Sketch of the medical history of the native army of Bombay, for the year
Year: 1870
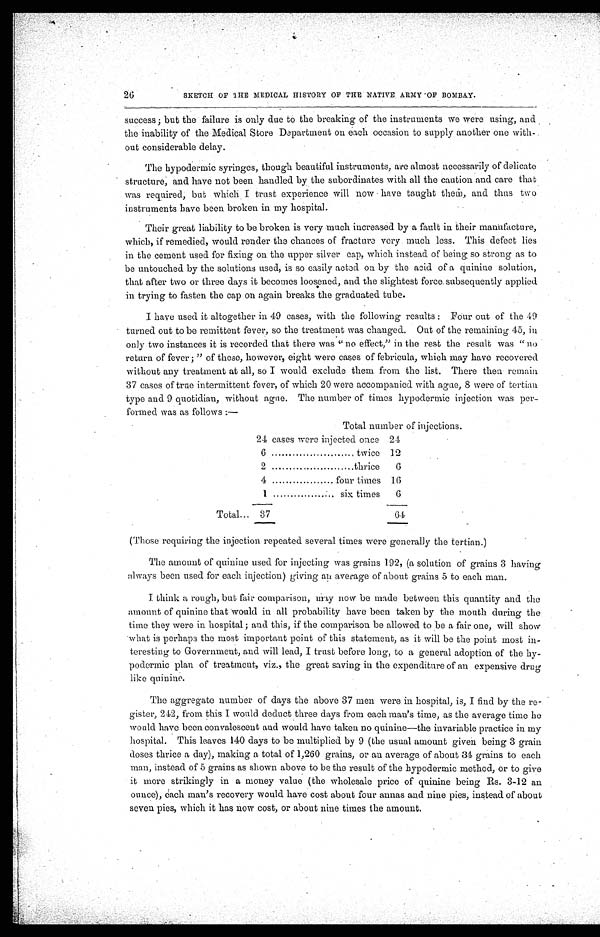
26
SKETCH OF THE MEDICAL HISTORY OF THE NATIVE ARMY OF BOMBAY.
success ; but the failure is only due to the breaking of the instruments we were using, and
the inability of the Medical Store Department on each occasion to supply another one with-
out considerable delay.
The hypodermic syringes, though beautiful instruments, are almost necessarily of delicate
structure, and have not been handled by the subordinates with all the caution and care tha
t was required, but which I trust experience will now have taught them, and thus two
instruments have been broken in my hospital.
Their great liability to be broken is very much increased by a fault in their manufacture,
which, if remedied, would render the chances of fracture very much less. This defect lies
in the cement used for fixing on the upper silver cap, which instead of being so strong as to
be untouched by the solutions used, is so easily acted on by the acid of a quinine solution,
that after two or three days it becomes loosened, and the slightest force subsequently applied
in trying to fasten the cap on again breaks the graduated tube.
I have used it altogether in 49 cases, with the following results : Four out of the 49
turned out to be remittent fever, so the treatment was changed. Out of the remaining 45, in
only two instances it is recorded that there was " no effect," in the rest the result was "no
return of fever ; " of these, however, eight were cases of febricula, which may have recovered
without any treatment at all, so I would exclude them from the list. There then remain
37 cases of true intermittent fever, of which 20 were accompanied with ague, 8 were of tertian
type and 9 quotidian, without ague. The number of times hypodermic injection was per
-formed was as follows :—
•
Total number of injections.
24 cases were injected once 24
6 ............................twice 12
2 ............................thrice 6
4 ............................four times 16
1 ............................six times
6
Total... 37
64
(Those requiring the injection repeated several times were generally the tertian.)
The amount of quinine used for injecting was grains 192, (a solution of grains 3 having
always been used for each injection) giving an average of about grains 5 to each man.
I think a rough, but fair comparison, may now be made between this quantity and the
amount of quinine that would in all probability have been taken by the mouth during the
time they were in hospital ; and this, if the comparison be allowed to be a fair one, will show
what is perhaps the most important point of this statement, as it will be the point most in-
teresting to Government, and will lead, I trust before long, to a general adoption of the hy-
podermic plan of' treatment, viz., the great saving in the expenditure of an expensive drug
like quinine.
The aggregate number of days the above 37 men were in hospital, is, I find by the re-
gister, 212, from this I would deduct three days from each man's time, as the average time he
would have been convalescent and would have taken no quinine—the invariable practice in my
hospital. This leaves 140 days to be multiplied by 9 (the usual amount given being 3 grain
doses thrice a day), making a total of 1,260 grains, or an average of about 34 grains to each
man, instead of 5 grains as shown above to be the result of the hypodermic method, or to give
it more strikingly in a money value (the wholesale price of quinine being Rs. 3-12 an
ounce), each man's recovery would have cost about four annas and nine pies, instead of about
seven pies, which it has now cost, or about nine times the amount.